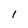
Character: I